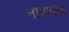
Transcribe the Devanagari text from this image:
नाशक॥